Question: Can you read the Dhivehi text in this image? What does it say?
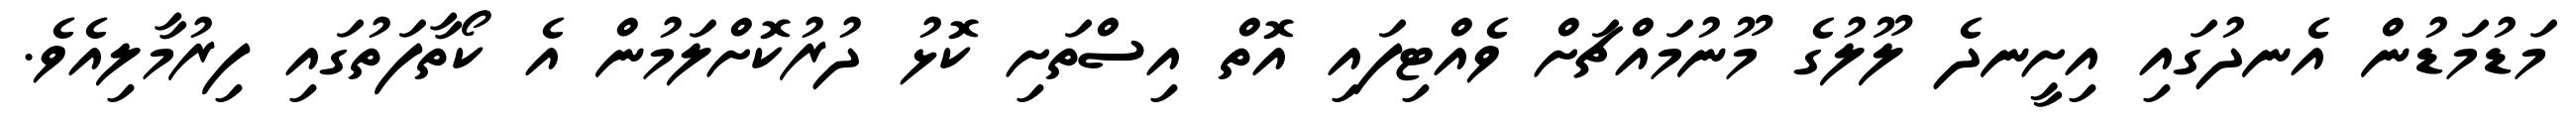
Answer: މަޑުމަޑުން އެނދުގައި އިށީނދެ ލޫލުގެ މޫނުމައްޗަށް ވެއްޓިފައި އޮތް އިސްތަށި ކޮޅު ދުރުކޮށްލަމުން އެ ކޯތާފަތުގައި ފިރުމާލިއެވެ.